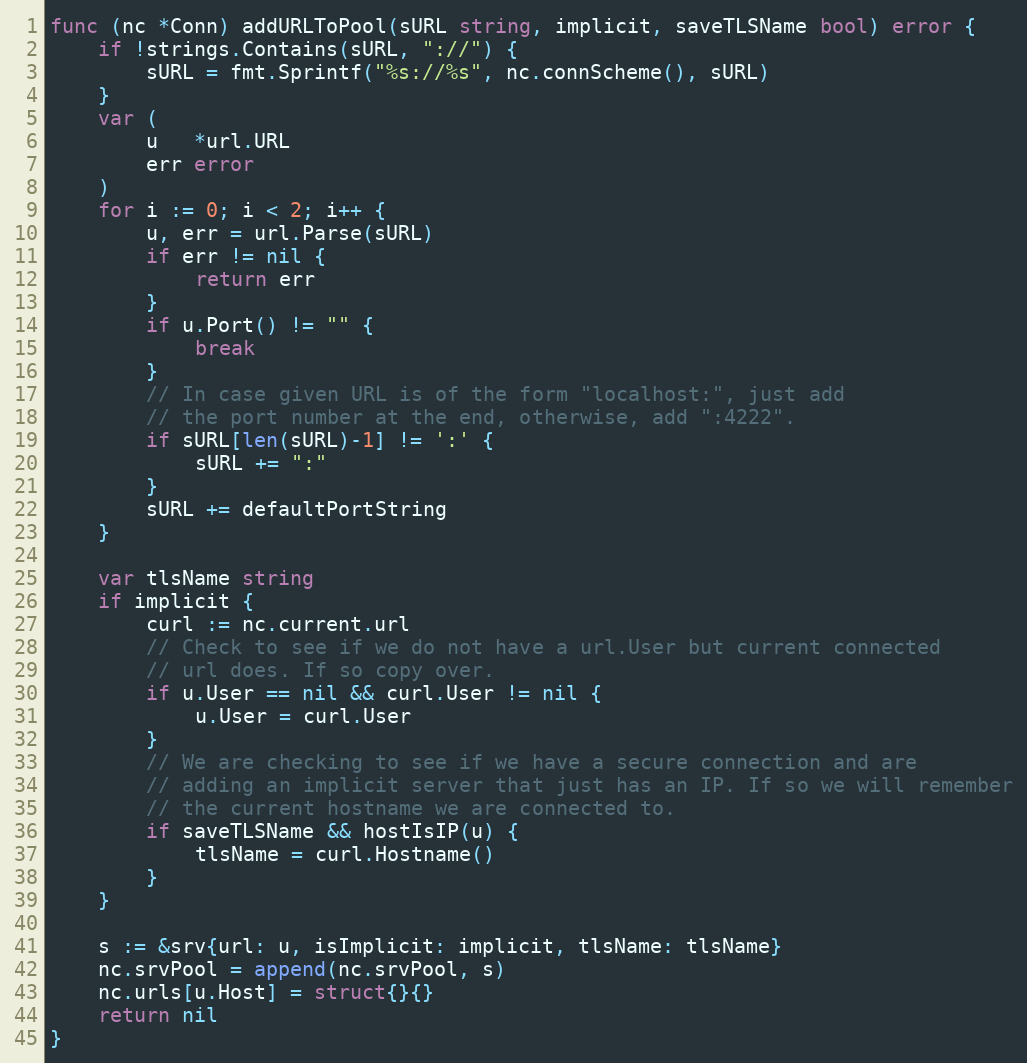
Language: Go
func (nc *Conn) addURLToPool(sURL string, implicit, saveTLSName bool) error {
	if !strings.Contains(sURL, "://") {
		sURL = fmt.Sprintf("%s://%s", nc.connScheme(), sURL)
	}
	var (
		u   *url.URL
		err error
	)
	for i := 0; i < 2; i++ {
		u, err = url.Parse(sURL)
		if err != nil {
			return err
		}
		if u.Port() != "" {
			break
		}
		// In case given URL is of the form "localhost:", just add
		// the port number at the end, otherwise, add ":4222".
		if sURL[len(sURL)-1] != ':' {
			sURL += ":"
		}
		sURL += defaultPortString
	}

	var tlsName string
	if implicit {
		curl := nc.current.url
		// Check to see if we do not have a url.User but current connected
		// url does. If so copy over.
		if u.User == nil && curl.User != nil {
			u.User = curl.User
		}
		// We are checking to see if we have a secure connection and are
		// adding an implicit server that just has an IP. If so we will remember
		// the current hostname we are connected to.
		if saveTLSName && hostIsIP(u) {
			tlsName = curl.Hostname()
		}
	}

	s := &srv{url: u, isImplicit: implicit, tlsName: tlsName}
	nc.srvPool = append(nc.srvPool, s)
	nc.urls[u.Host] = struct{}{}
	return nil
}